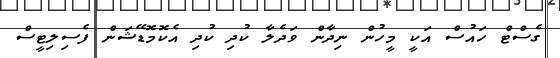
ގެސްޓް ހައުސް އަކީ މީހުން ނިދާން ވަދެލާ ކުދި ކުދި އެކޮމޮޑޭޝަން ފެސިލިޓީސް